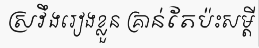
ស្រវឹងរៀងខ្លួន គ្រាន់តែប៉ះសម្តី